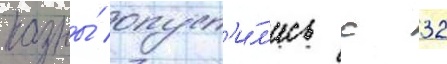
казны́ опуст'и́л'ись с 32